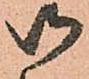
御